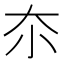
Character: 夵